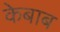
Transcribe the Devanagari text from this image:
केबाब